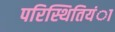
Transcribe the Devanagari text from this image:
परिस्थितियंा